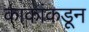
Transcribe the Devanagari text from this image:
काकांकडून